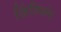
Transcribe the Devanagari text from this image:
ज़िंजिअंग